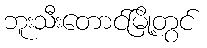
ဘူးသီးတောင်မြို့တွင်